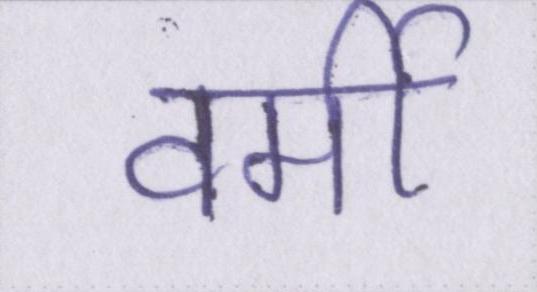
वर्मी